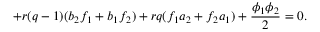
+ r ( q - 1 ) ( b _ { 2 } f _ { 1 } + b _ { 1 } f _ { 2 } ) + r q ( f _ { 1 } a _ { 2 } + f _ { 2 } a _ { 1 } ) + \frac { \phi _ { 1 } \phi _ { 2 } } { 2 } = 0 .